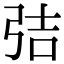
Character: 𭚬